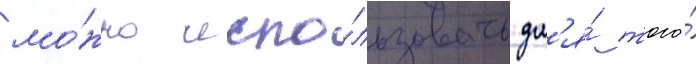
мо́жно испо́льзовать дл'я́ того́